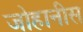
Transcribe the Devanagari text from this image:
जोहानीस